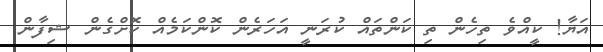
އަޔާ! ކީއްވެ ތިހެން ތި ކަންތައް ކުރަނީ އަހަރެން ކޮންކަމެއް ކޮށްގެން ޝިފާން